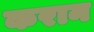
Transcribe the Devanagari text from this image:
करान